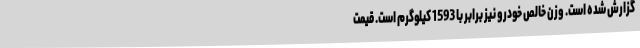
گزارش شده است. وزن خالص خودرو نیز برابر با 1593 کیلوگرم است. قیمت